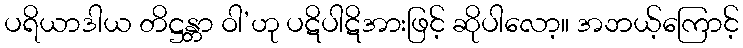
ပရိယာဒါယ တိဋ္ဌန္တာ ဝါ’ဟု ပဋိပါဋိအားဖြင့် ဆိုပါလော့။ အဘယ့်ကြောင့်